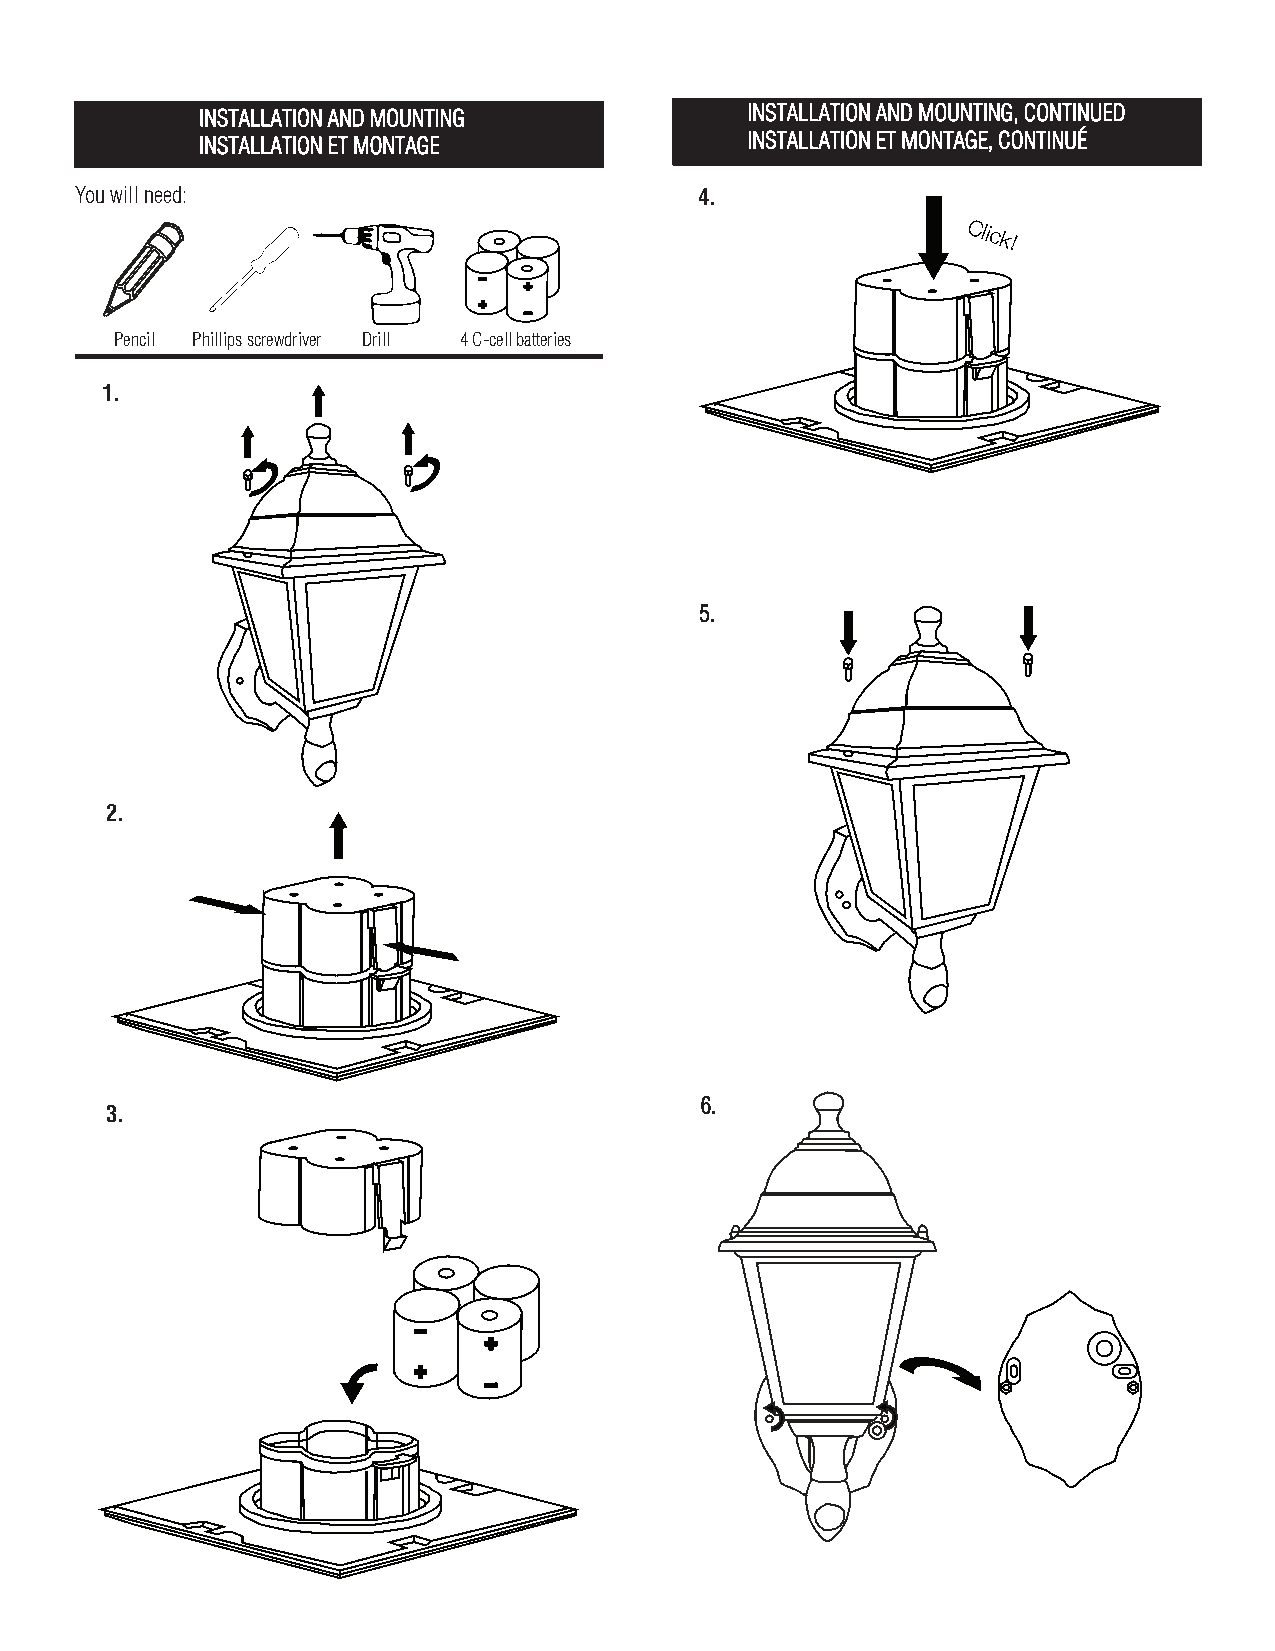
INSTALLATION AND MOUNTING           INSTALLATION AND MOUNTING, CONTINUED
 INSTALLATION ET MONTAGE             INSTALLATION ET MONTAGE, CONTINUÉ
 You will need:                           4.
 Click!
 Pencil Phillips screwdriver Drill 4 C-cell batteries
 1.
 5.
 2.
 6.
 3.